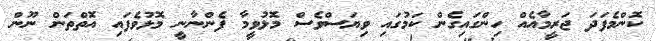
ކޮންމެފަދަ ޖަރީމާއެއް ހިންގައިގެން ކަމުގައި ވިޔަސްވެސް މޮޅުވީމާ ފެންނާނީ މޮޅުވެފައި އޮތްތަން ނޫން